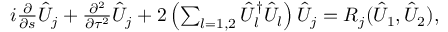
\begin{array} { r } { i \frac { \partial } { \partial s } \hat { U } _ { j } + \frac { \partial ^ { 2 } } { \partial \tau ^ { 2 } } \hat { U } _ { j } + 2 \left( \sum _ { l = 1 , 2 } \hat { U } _ { l } ^ { \dag } \hat { { U } } _ { l } \right) \hat { U } _ { j } = R _ { j } ( \hat { U } _ { 1 } , \hat { U } _ { 2 } ) , } \end{array}